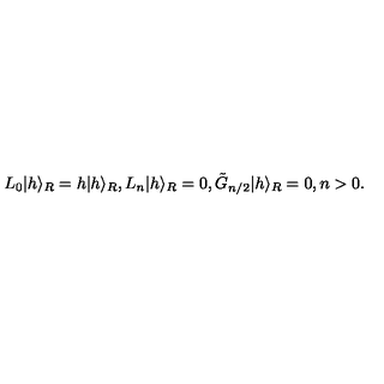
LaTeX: L _ { 0 } \vert h \rangle _ { R } = h \vert h \rangle _ { R } { } , { } { } { } L _ { n } \vert h \rangle _ { R } = 0 { } , { } { } { } \tilde { G } _ { n / 2 } \vert h \rangle _ { R } = 0 { } , { } { } { } n > 0 { } .